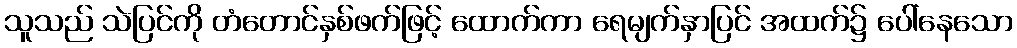
သူသည် သဲပြင်ကို တံတောင်နှစ်ဖက်ဖြင့် ထောက်ကာ ရေမျက်နှာပြင် အထက်၌ ပေါ်နေသော